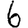
Digit: 6